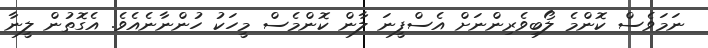
ނަމަވެސް ކޮންމެ ލޯބިވެރިންނަށް އެސްފީނަ ލާން ކޮންމެސް މީހަކު ހުންނާނެއެވެ. އެގޮތުން ލީނާ